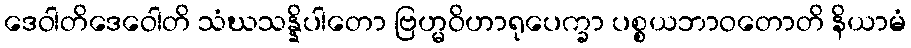
ဒေဝါတိဒေဝေါတိ သံဃသန္နိပါတော ဗြဟ္မဝိဟာရုပေက္ခာ ပစ္စယဘာဝတောတိ နိယာမံ